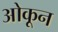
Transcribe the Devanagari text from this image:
ओकून